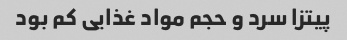
پیتزا سرد و حجم مواد غذایی کم بود